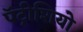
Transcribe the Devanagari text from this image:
पॅट्रीशियो